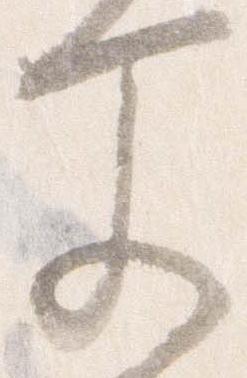
文